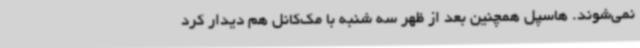
نمی‌شوند. هاسپل همچنین بعد از ظهر سه شنبه با مک‌کانل هم دیدار کرد